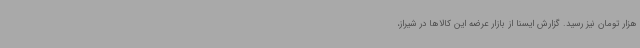
هزار تومان نیز رسید. گزارش ایسنا از بازار عرضه این کالاها در شیراز،